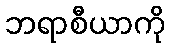
ဘရာစီယာကို